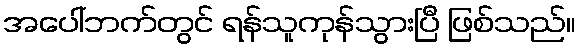
အပေါ်ဘက်တွင် ရန်သူကုန်သွားပြီ ဖြစ်သည်။